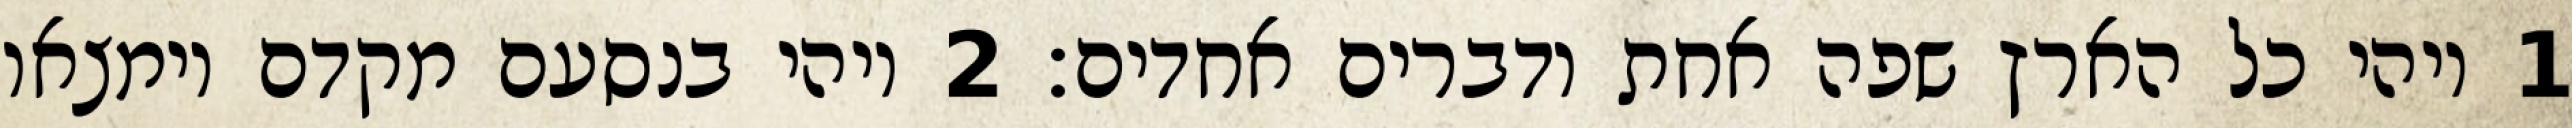
1 ויהי כל הארץ שפה אחת ודברים אחדים׃ ‎2‏ ויהי בנסעם מקדם וימצאו